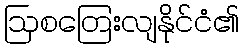
ဩစတြေးလျနိုင်ငံ၏